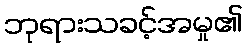
ဘုရားသခင့်အမှု၏